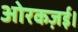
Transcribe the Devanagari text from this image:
ओरकज़ई।